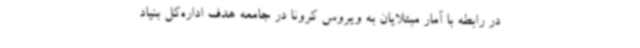
در رابطه با آمار مبتلایان به ویروس کرونا در جامعه هدف اداره‌کل بنیاد